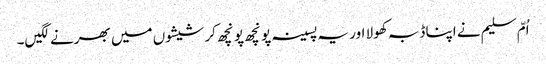
اُمّ سلیم نے اپنا ڈبہ کھولا اور یہ پسینہ پونچھ پونچھ کر شیشوں میں بھرنے لگیں۔